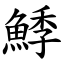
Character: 鯚